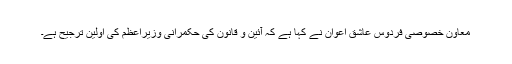
معاون خصوصی فردوس عاشق اعوان نے کہا ہے کہ آئین و قانون کی حکمرانی وزیراعظم کی اولین ترجیح ہے۔